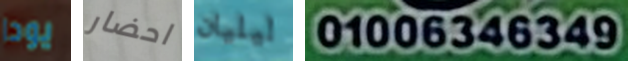
يودا احضار ليليان 01006346349